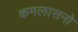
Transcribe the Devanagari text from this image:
कमलासनो